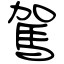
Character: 駕